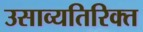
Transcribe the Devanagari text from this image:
उसाव्यतिरिक्त